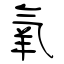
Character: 氧